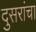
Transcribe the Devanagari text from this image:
दुसरांचा